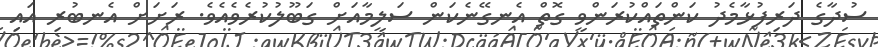
ސުދާގެ ދަރިފުޅާމެދު ކަންތައްކުރަންވީ ގޮތް އެނގޭނެކަން ސަލީމާއަށް ގަބޫލުކުރެވެއެވެ. ރަށަށް އެނބުރި އައި